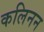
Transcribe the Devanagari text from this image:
कलिनन